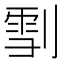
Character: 𠞯